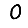
Digit: 0